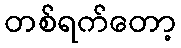
တစ်ရက်တော့